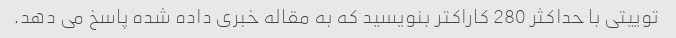
توییتی با حداکثر 280 کاراکتر بنویسید که به مقاله خبری داده شده پاسخ می دهد.